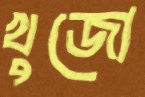
খুজো